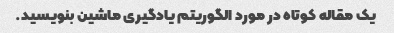
یک مقاله کوتاه در مورد الگوریتم یادگیری ماشین بنویسید.